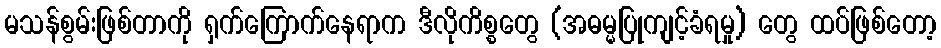
မသန်စွမ်းဖြစ်တာကို ရှက်ကြောက်နေရာက ဒီလိုကိစ္စတွေ (အဓမ္မပြုကျင့်ခံရမှု) တွေ ထပ်ဖြစ်တော့